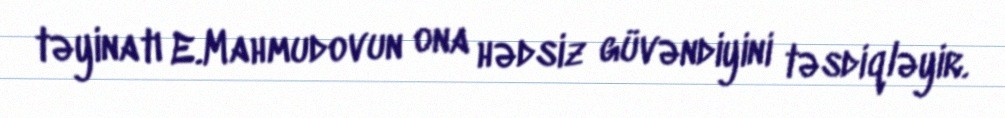
təyinatı E.Mahmudovun ona hədsiz güvəndiyini təsdiqləyir.